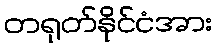
တရုတ်နိုင်ငံအား